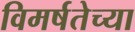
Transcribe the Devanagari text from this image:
विमर्षतेच्या